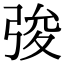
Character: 𢏤